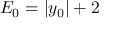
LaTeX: E _ { 0 } = \vert y _ { 0 } \vert + 2